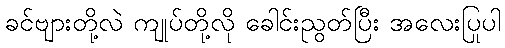
ခင်ဗျားတို့လဲ ကျုပ်တို့လို ခေါင်းညွတ်ပြီး အလေးပြုပါ